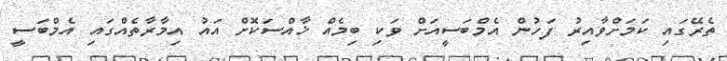
ތެރޭގައި ކަމަށްވާއިރު ފަހުން އެމްބަސީއަށް ވަކި ބިމެއް ޚާއްސަކޮށް އައު އިމާރާތެއްގައި އެމްބަސީ